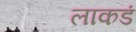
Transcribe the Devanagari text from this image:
लाकडं